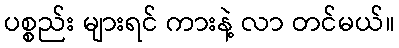
ပစ္စည်း များရင် ကားနဲ့ လာ တင်မယ်။